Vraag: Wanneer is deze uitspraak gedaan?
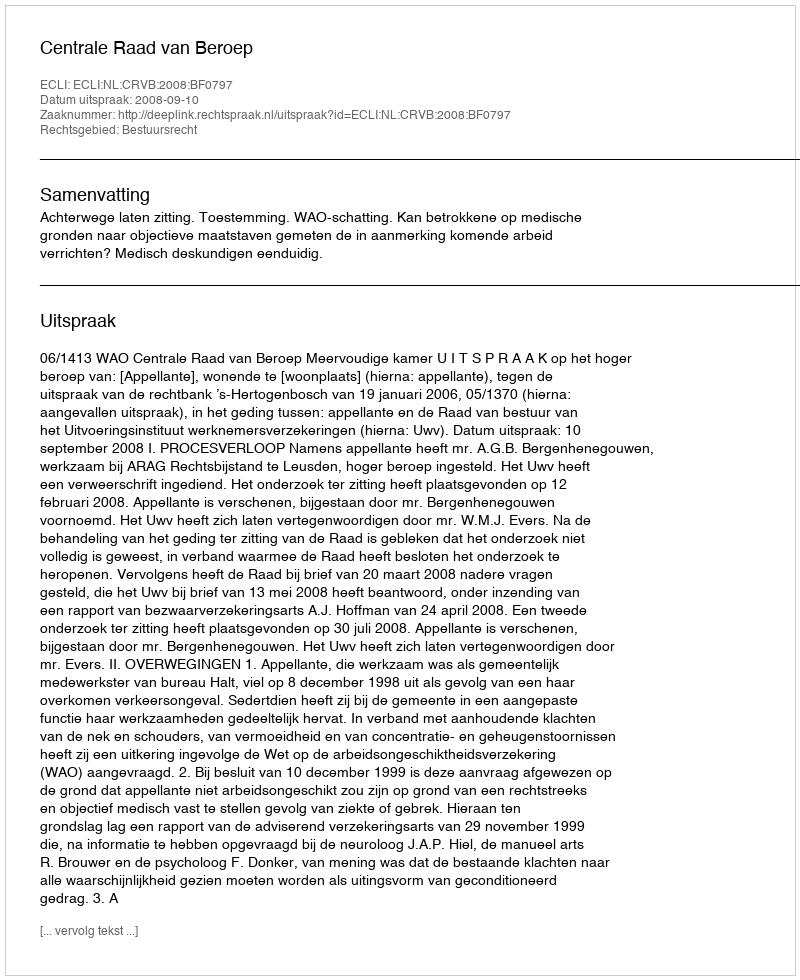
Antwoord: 2008-09-10